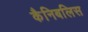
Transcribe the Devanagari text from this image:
कैनिबलिस